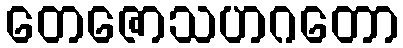
တေဇောသဟဂတော